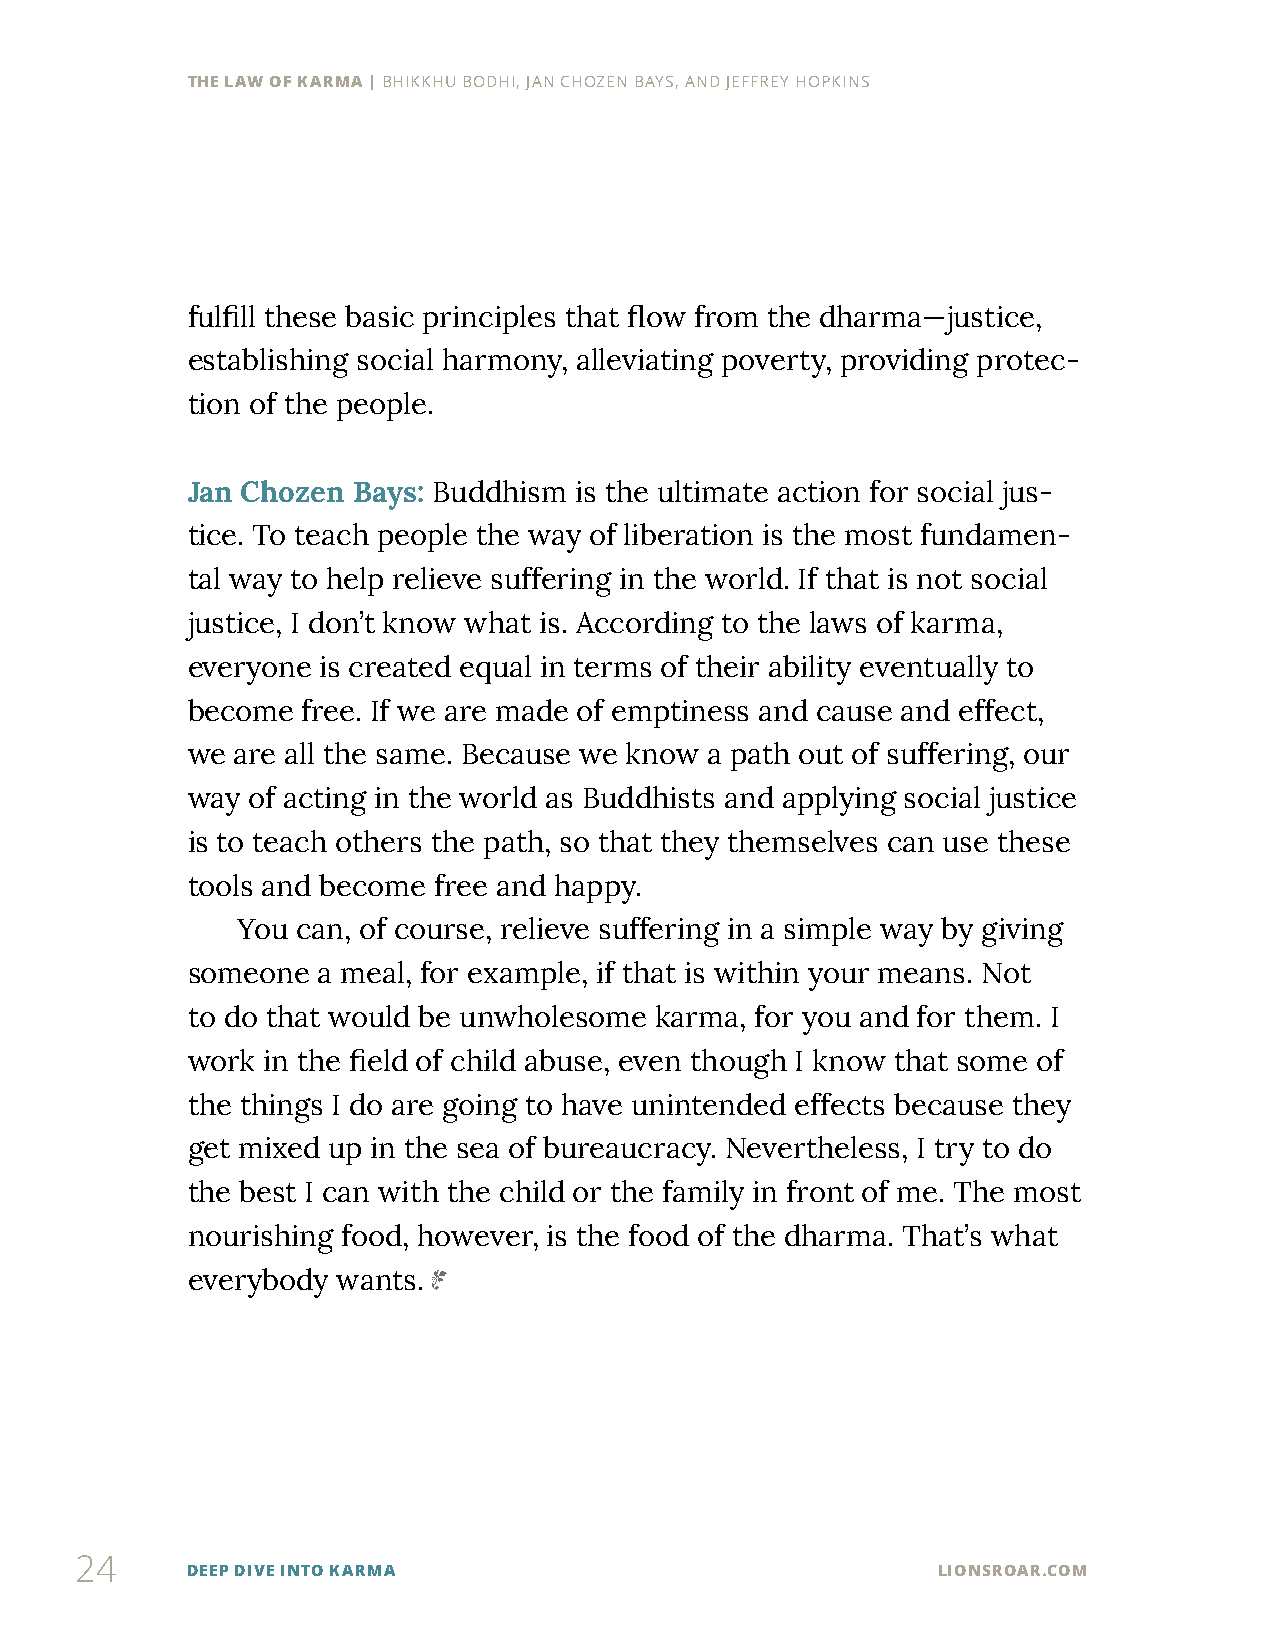
THE LAW OF KARMA | BHIKKHU BODHI, JAN CHOZEN BAYS, AND JEFFREY HOPKINS
 fulfill these basic principles that flow from the dharma—justice,
 establishing social harmony, alleviating poverty, providing protec-
 tion of the people.
 Jan Chozen Bays: Buddhism is the ultimate action for social jus-
 tice. To teach people the way of liberation is the most fundamen-
 tal way to help relieve suffering in the world. If that is not social
 justice, I don’t know what is. According to the laws of karma,
 everyone is created equal in terms of their ability eventually to
 become  free. If we are made of emptiness and cause and effect,
 we are all the same. Because we know a path out of suffering, our
 way of acting in the world as Buddhists and applying social justice
 is to teach others the path, so that they themselves can use these
 tools and become free and happy.
 You can, of course, relieve suffering in a simple way by giving
 someone  a meal, for example, if that is within your means. Not
 to do that would be unwholesome karma, for you and for them. I
 work in the field of child abuse, even though I know that some of
 the things I do are going to have unintended effects because they
 get mixed up in the sea of bureaucracy. Nevertheless, I try to do
 the best I can with the child or the family in front of me. The most
 nourishing food, however, is the food of the dharma. That’s what
 everybody wants.
 24
 DEEP DIVE INTO KARMA                              LIONSROAR.COM